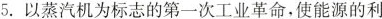
5.以蒸汽机为标志的第一次工业革命，使能源的利